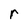
Character: r